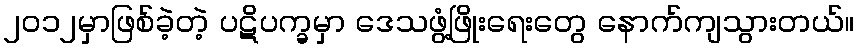
၂၀၁၂မှာဖြစ်ခဲ့တဲ့ ပဋိပက္ခမှာ ဒေသဖွံ့ဖြိုးရေးတွေ နောက်ကျသွားတယ်။